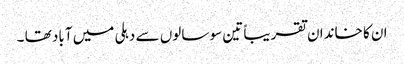
ان کا خاندان تقریباً تین سو سالوں سے دہلی میں آباد تھا ۔